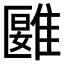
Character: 𩀀